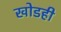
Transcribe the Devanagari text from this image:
खोडही